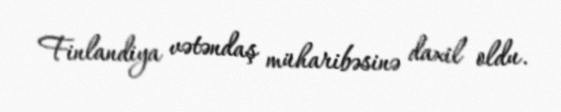
Finlandiya vətəndaş müharibəsinə daxil oldu.